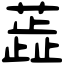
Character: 蕋